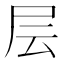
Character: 层